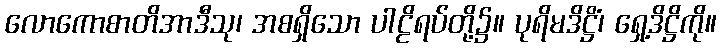
လောကောစာတိအာဒီသု၊ အစရှိသော ပါဠိရပ်တို့၌။ ပုရိမဒိဋ္ဌိံ၊ ရှေ့ဒိဋ္ဌိကို။